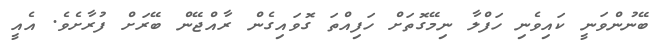
ބޭނުންވަނީ ކައިވެނި ހަފްލާ ނިމޭގޮތަށް ހަފިއްތަ ގޮވައިގެން ރާއްޖޭން ބޭރަށް ފުރާށެވެ. އެއީ